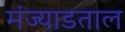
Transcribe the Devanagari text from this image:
मंज्याडताल